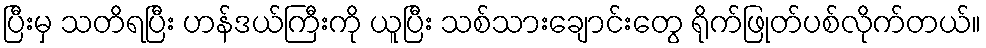
ပြီးမှ သတိရပြီး ဟန်ဒယ်ကြီးကို ယူပြီး သစ်သားချောင်းတွေ ရိုက်ဖြုတ်ပစ်လိုက်တယ်။